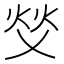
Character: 𬊇